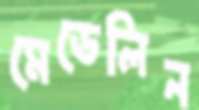
মেডেলিন